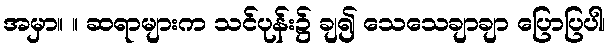
အမှာ။ ။ ဆရာများက သင်ပုန်း၌ ချ၍ သေသေချာချာ ပြောပြပါ၊